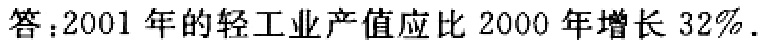
答：2001 年的轻工业产值应比 2000 年增长 32\%.